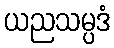
ယညသမ္ပဒံ